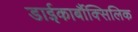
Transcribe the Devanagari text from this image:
डाईकार्बौक्सिलिक